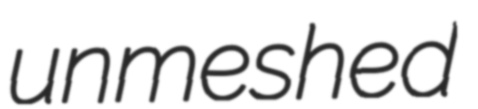
unmeshed